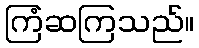
ကြံဆကြသည်။